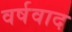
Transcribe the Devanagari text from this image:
वर्षवाद